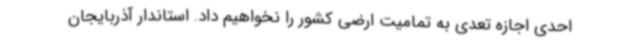
احدی اجازه تعدی به تمامیت ارضی کشور را نخواهیم داد. استاندار آذربایجان